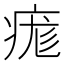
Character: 痝